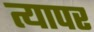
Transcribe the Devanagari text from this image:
त्यापर